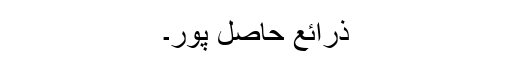
ذرائع حاصل پور۔